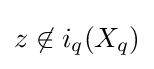
z\not \in i_{q}(X_{q})